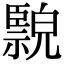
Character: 𦣲